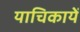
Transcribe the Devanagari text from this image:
याचिकायें